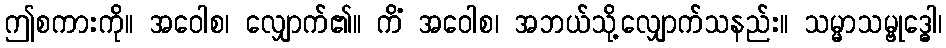
ဤစကားကို။ အဝေါစ၊ လျှောက်၏။ ကိံ အဝေါစ၊ အဘယ်သို့လျှောက်သနည်း။ သမ္မာသမ္ဗုဒ္ဓေါ၊